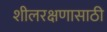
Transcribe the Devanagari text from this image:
शीलरक्षणासाठी